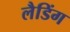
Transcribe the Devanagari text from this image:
लैडिंग